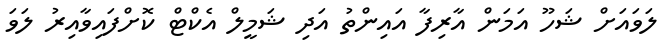
ލަވައަށް ޝަހޫ އަމަން އާރިފާ އައިންތު އަދި ޝަމީލް އެކްޓް ކޮށްފައިވާއިރު ލަވަ